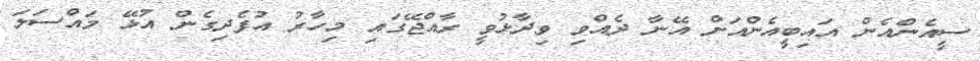
ސީއެންއެން އައިބީއެންއަށް އޭނާ ދެއްވި ވިދާޅުވީ ރާއްޖޭގައި މިހާރު އުފެދިގެން އުޅޭ މައްސަލަ